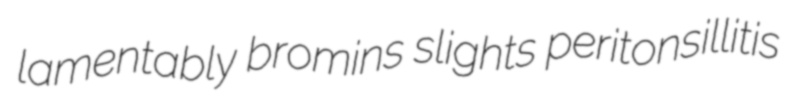
lamentably bromins slights peritonsillitis